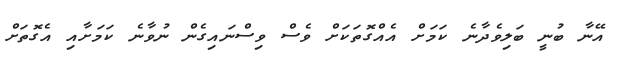
އޭނާ ބުނީ ބަލިވެދާނެ ކަމަށް އެއްގޮތަކަށް ވެސް ވިސްނައިގެން ނުވާނެ ކަމަށާއި އެގޮތަށް